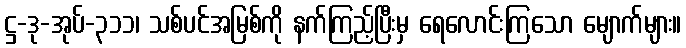
ဋ္ဌ-ဒု-အုပ်-၃၁၁၊ သစ်ပင်အမြစ်ကို နက်ကြည့်ပြီးမှ ရေလောင်းကြသော မျောက်များ။